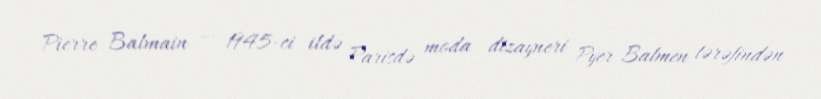
Pierre Balmain — 1945-ci ildə Parisdə moda dizayneri Pyer Balmen tərəfindən